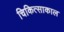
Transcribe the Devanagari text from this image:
चिकित्साकाल